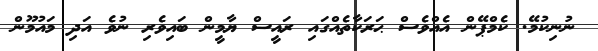
ނުނިކުމޭ. ކެމްޕޭން އެއްވެސް ޙަރަކާތެއްގައި ރައީސް ޔާމީން ބައިވެރި ނުވެ އަދި މައުމޫން